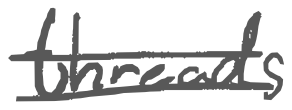
Text: threads
Cross-out: double-line
Writing tool: digital_gray